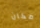
مكان